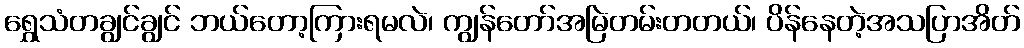
ရွှေသံတချွင်ချွင် ဘယ်တော့ကြားရမလဲ၊ ကျွန်တော်အမြဲတမ်းတတယ်၊ ပိန်နေတဲ့အသပြာအိတ်